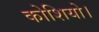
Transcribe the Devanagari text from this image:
कोशियो।